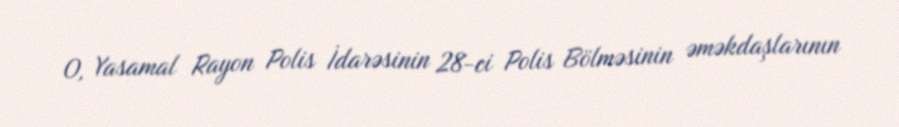
O, Yasamal Rayon Polis İdarəsinin 28-ci Polis Bölməsinin əməkdaşlarının